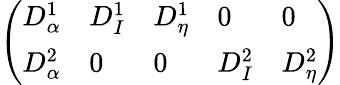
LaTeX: \left(\begin{array}{lllll}{D_{\alpha}^{1}}&{D_{I}^{1}}&{D_{\eta}^{1}}&{0}&{0}\\ {D_{\alpha}^{2}}&{0}&{0}&{D_{I}^{2}}&{D_{\eta}^{2}}\end{array}\right)